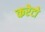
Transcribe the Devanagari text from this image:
करेटो